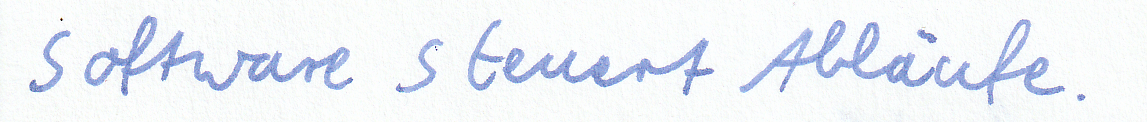
Software steuert Abläufe.